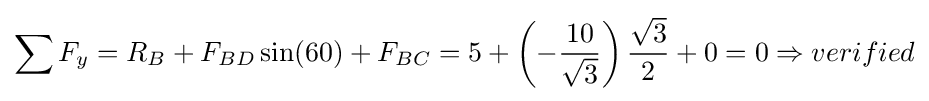
\sum F_{y}=R_{B}+F_{BD}\sin(60)+F_{BC}=5+\left(-{\frac {10}{\sqrt {3}}}\right){\frac {\sqrt {3}}{2}}+0=0\Rightarrow verified